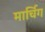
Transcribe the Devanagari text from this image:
मार्चिग